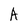
Character: A